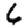
Digit: 6